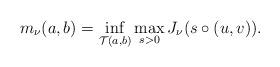
LaTeX: \begin{align*}m_\nu(a,b)=\inf_{\mathcal{T}(a,b)}\max_{s>0}J_\nu(s\circ(u,v)).\end{align*}